Plague in India, 1896, 1897 - Volume 3
Year: 1896
Disease focus: Plague
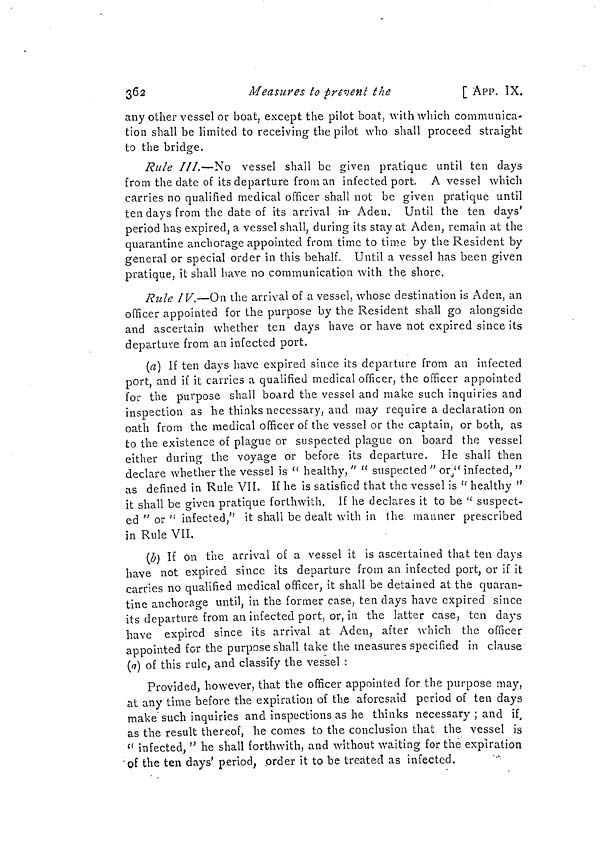
362
Measures to prevent the
[ APP. IX.
any other vessel or boat, except the pilot boat, with which communica-
tion shall be limited to receiving the pilot who shall proceed straight
to the bridge.
Rule III.—No vessel shall be given pratique until ten days
from the date of its departure from an infected port. A vessel which
carries no qualified medical officer shall not be given pratique until
ten days from the date of its arrival in- Aden. Until the ten days'
period has expired, a vessel shall, during its stay at Aden, remain at the
quarantine anchorage appointed from time to time by the Resident by
general or special order in this behalf. Until a vessel has been given
pratique, it shall have no communication with the shore.
Rule IV.—On the arrival of a vessel, whose destination is Aden, an
officer appointed for the purpose by the Resident shall go alongside
and ascertain whether ten days have or have not expired since its
departure from an infected port.
(a] If ten days have expired since its depaiture from an infected
port, and if it carries a qualified medical officer, the officer appointed
for the purpose shall board the vessel and make such inquiries and
inspection as he thinks necessary, and may require a declaration on
oath from the medical officer of the vessel or the captain, or both, as
to the existence of plague or suspected plague on board the vessel
either during the voyage or before its departure. He shall then
declare whether the vessel is " healthy, " " suspected " or" infected, "
as defined in Rule VII. If he is satisfied that the vessel is " healthy "
it shall be given pratique forthwith. If he declares it to be " suspect-
ed " or " infected,"' it shall be dealt with in the manner prescribed
in Rule VII.
(b) If on the arrival of a vessel it is ascertained that ten days
have not expired since its departure from an infected port, or if it
carries no qualified medical officer, it shall be detained at the quaran-
tine anchorage until, in the former case, ten days have expired since
its departure from an infected port, or, in the latter case, ten days
have expired since its arrival at Aden, after which the officer
appointed for the purpose shall take the measures specified in clause
(a) of this rule, and classify the vessel :
Provided, however, that the officer appointed for the purpose may,
at. any time before the expiration of the aforesaid period of ten days
make" such inquiries and inspections as he thinks necessary ; and if,
as the result thereof, he comes to the conclusion that the vessel is
" infected, " he shall forthwith, and without waiting for the expiration
•of the ten days' period, order it to be treated as infected.